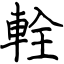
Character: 輇